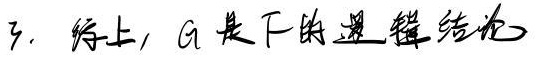
3. 综上，$G$ 是 $\mathrm{T}$ 的逻辑结论